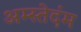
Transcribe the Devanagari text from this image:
अम्स्तेदंम